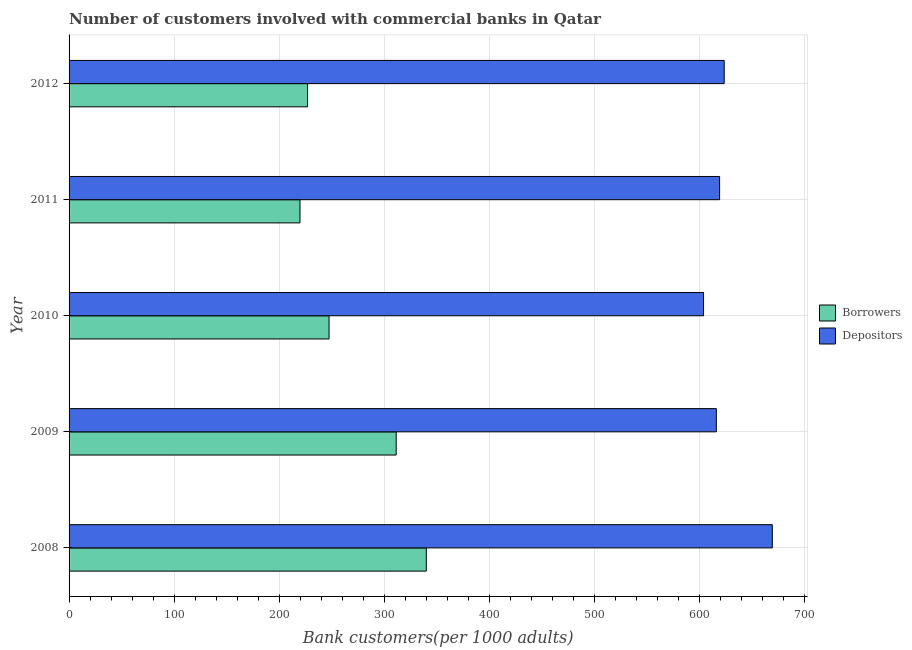
| Year | Borrowers | Depositors |
 | --- | --- | --- |
 | 2008 | 340 | 669 |
 | 2009 | 311 | 616 |
 | 2010 | 247 | 604 |
 | 2011 | 220 | 619 |
 | 2012 | 227 | 623 |